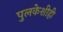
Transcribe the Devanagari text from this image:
पुलकेशीही